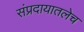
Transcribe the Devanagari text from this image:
संप्रदायातलेच